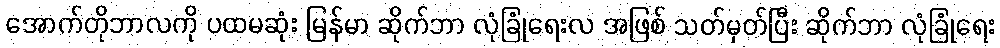
အောက်တိုဘာလကို ပထမဆုံး မြန်မာ ဆိုက်ဘာ လုံခြုံရေးလ အဖြစ် သတ်မှတ်ပြီး ဆိုက်ဘာ လုံခြုံရေး